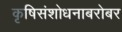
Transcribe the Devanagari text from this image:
कृषिसंशोधनाबरोबर